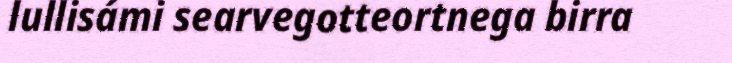
lullisámi searvegotteortnega birra